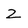
Character: 2